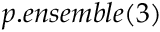
p . e n s e m b l e ( 3 )